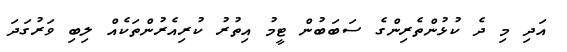
އަދި މި ދެ ކުޅުންތެރިންގެ ސަބަބުން ޓީމު އިތުރު ކުރިއެރުންތަކެއް ލިބި ވަރުގަދަ